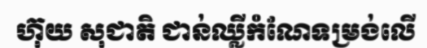
ហ៊ុយ សុជាតិ ជាន់ឈ្លីកំណែទម្រង់លើ